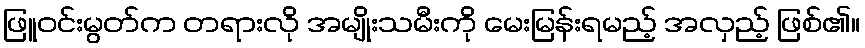
ဖြူဝင်းမွတ်က တရားလို အမျိုးသမီးကို မေးမြန်းရမည့် အလှည့် ဖြစ်၏။